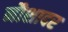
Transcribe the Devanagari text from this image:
नौशादर